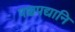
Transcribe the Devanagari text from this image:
पञ्चपद्यानि